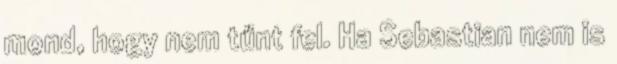
mond, hogy nem tűnt fel. Ha Sebastian nem is